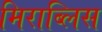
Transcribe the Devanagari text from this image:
मिराब्लिस